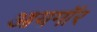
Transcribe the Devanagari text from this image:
आयगॉर